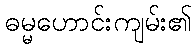
ဓမ္မဟောင်းကျမ်း၏